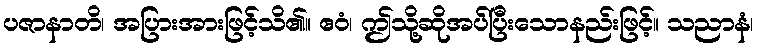
ပဇာနာတိ၊ အပြားအားဖြင့်သိ၏။ ဧဝံ၊ ဤသို့ဆိုအပ်ပြီးသောနည်းဖြင့်။ သညာနံ၊